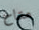
متاح